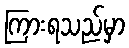
ကြားရသည်မှာ